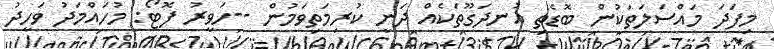
މިފަދަ މައްސަލަތަކުން ބޮޑެތި އުނދަގޫތަކެއް ދަނީ ކުރިމަތިވަމުން --ހަވީރު ފޮޓޯ: މުހައްމަދު ވަހީދު